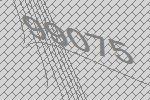
99075